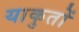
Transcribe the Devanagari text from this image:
याकुतों